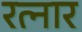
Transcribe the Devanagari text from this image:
रत्नार